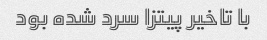
با تاخیر پیتزا سرد شده بود